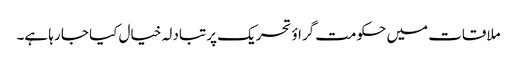
ملاقات میں حکومت گراؤ تحریک پر تبادلہ خیال کیا جا رہا ہے۔